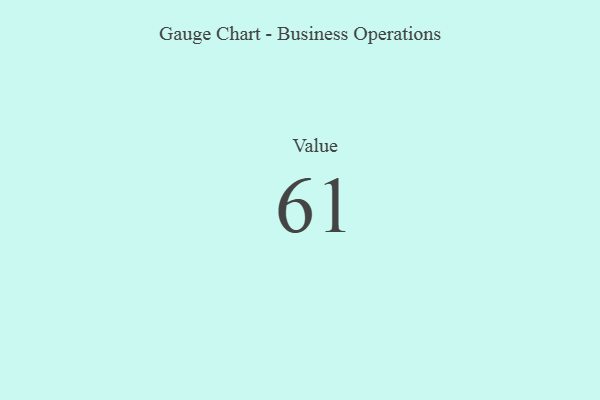
{"axis": {"x": "Metric", "y": "Value"}, "legend": [""], "data": [{"x": "Value", "y": 61, "type": ""}]}